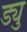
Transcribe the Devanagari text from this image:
ड्यु